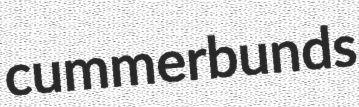
cummerbunds